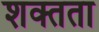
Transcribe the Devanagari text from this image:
शक्तता